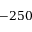
- 2 5 0